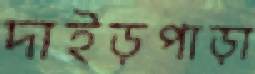
দাইড়পাড়া